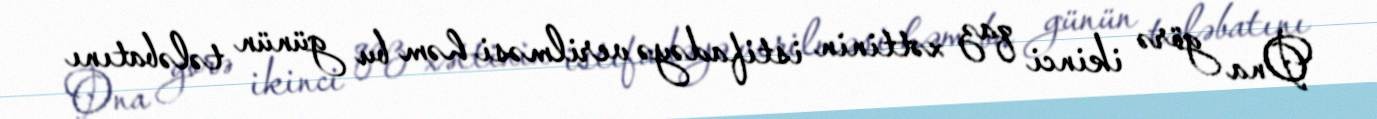
Ona görə ikinci qaz xəttinin istifadəyə verilməsi həm bu günün tələbatını